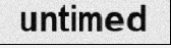
untimed